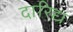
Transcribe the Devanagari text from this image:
दारिद्य